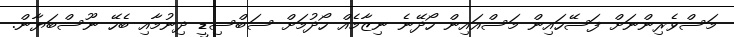
މަސްވެރިންނަށް ފަސޭހައިން މަސްއައިން ހޯދޭނެ ނިޒާމެއް ހޯދުމަށް ސަބްސިޑީ ދިނުމާއި ބެހޭ ނޫސްބަޔާން.